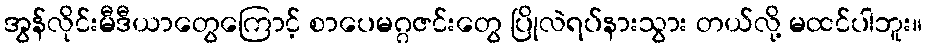
အွန်လိုင်းမီဒီယာတွေကြောင့် စာပေမဂ္ဂဇင်းတွေ ပြိုလဲရပ်နားသွား တယ်လို့ မထင်ပါဘူး။